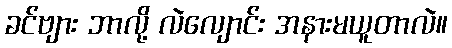
ခင်ဗျား ဘာလို့ လဲလျောင်း အနားမယူတာလဲ။